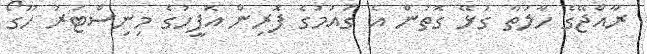
ރާއްޖޭގެ ހާލަތާ ގުޅޭ ގޮތުން އެ ގައުމުގެ ފޮރިން އޮފީހުގެ މިނިސްޓަރު ހޫގޯ